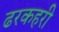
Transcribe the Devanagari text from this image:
ढरकहरी